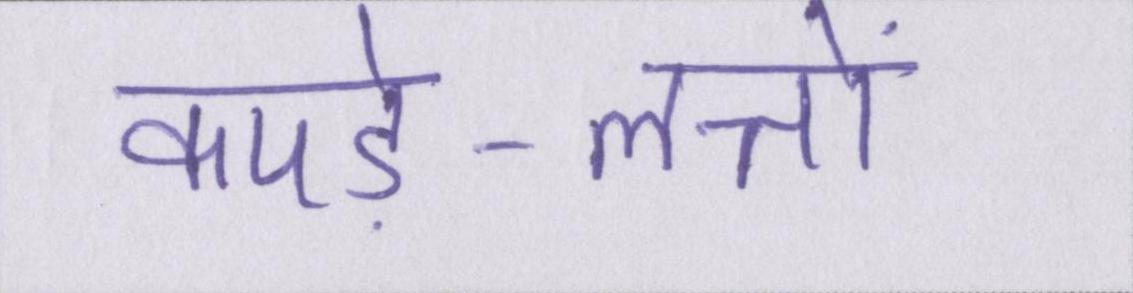
कपड़े-लत्तों